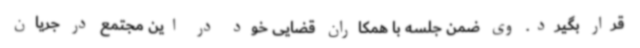
قرار بگیرد. وی ضمن جلسه با همکاران قضایی خود در این مجتمع در جریان